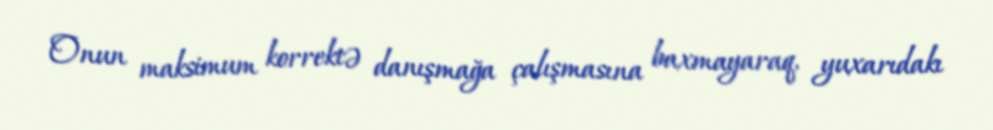
Onun maksimum korrektə danışmağa çalışmasına baxmayaraq, yuxarıdakı